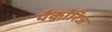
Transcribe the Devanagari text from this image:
पैकोरिज